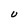
Character: U